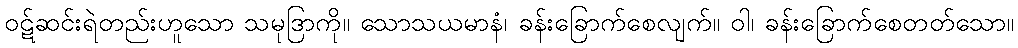
ဝဋ်ဆင်းရဲတည်းဟူသော သမုဒြာကို။ သောသယမာနံ၊ ခန်းခြောက်စေလျက်။ ဝါ၊ ခန်းခြောက်စေတတ်သော။